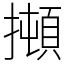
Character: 𰔫